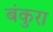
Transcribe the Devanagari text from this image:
बंकुरा